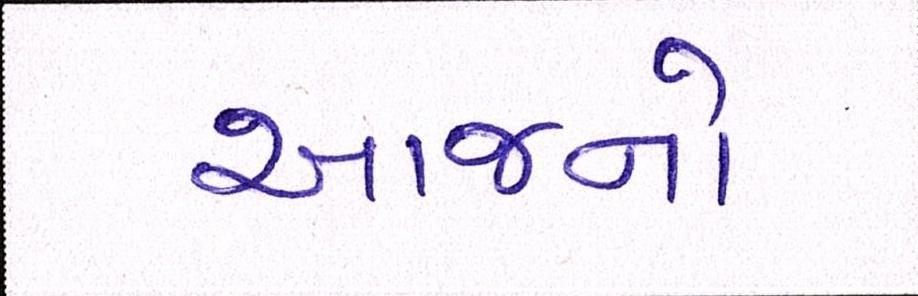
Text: આજનો